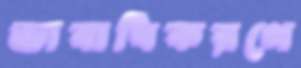
ভাবাধিকরণে